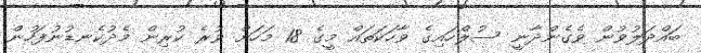
ބައްދަލުވުން ވެގެންދާނީ ސުލްހައިގެ ވާހަކަތައް މީގެ 18 މަހަށް ވުރެ ކުރިން މެދުކެނޑުނުފަހުން